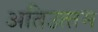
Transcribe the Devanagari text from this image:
अतिउत्‍तम